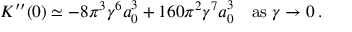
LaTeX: K ^ { \prime \prime } ( 0 ) \simeq - 8 \pi ^ { 3 } \gamma ^ { 6 } a _ { 0 } ^ { 3 } + 1 6 0 \pi ^ { 2 } \gamma ^ { 7 } a _ { 0 } ^ { 3 } \quad \mathrm { a s } \; \gamma \to 0 \, .